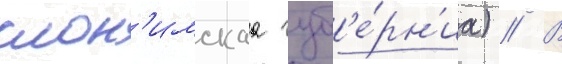
слон'имскаа губ'е́рн'иа) // В